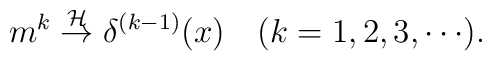
m^{k} \stackrel{{\cal H}}{\rightarrow}\delta^{(k-1)}(x)\quad (k=1,2,3,\cdots).